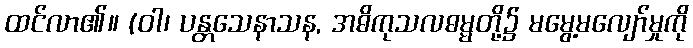
ထင်လာ၏။ (ဝါ၊ ပန္တသေနာသန, အဓိကုသလဓမ္မတို့၌ မမွေ့မလျော်မှုကို